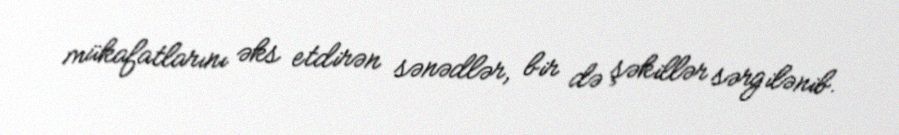
mükafatlarını əks etdirən sənədlər, bir də şəkillər sərgilənib.